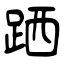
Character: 跴